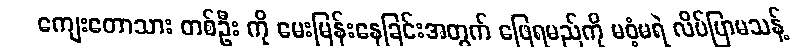
ကျေးတောသား တစ်ဦး ကို မေးမြန်းနေခြင်းအတွက် ဖြေရမည်ကို မဝံ့မရဲ လိပ်ပြာမသန့်